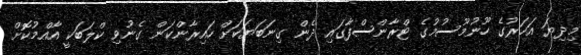
މިދިޔަ އަހަރުގެ ހޫނުމޫސުމުގެ ޓްރާންސްފާގައި ދެން ގިނަބަޔަކަށް ހައިރާންކަން ގެނުވި ކްލަބަކީ އާއްމުކޮށް